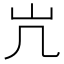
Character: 𫵳